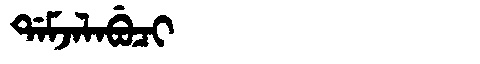
Manchu: ᡩᠠᠮᠵᠠᠯᠠᠪᡠᠴᡳ
Romanization: DAMJALABUCI